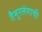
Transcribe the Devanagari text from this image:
तैमूरलंगाची